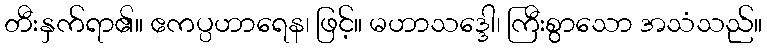
တီးနှက်ရာ၏။ ဧကပ္ပဟာရေန၊ ဖြင့်။ မဟာသဒ္ဒေါ၊ ကြီးစွာသော အသံသည်။